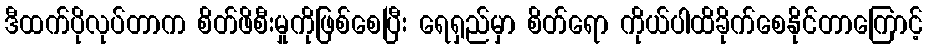
ဒီထက်ပိုလုပ်တာက စိတ်ဖိစီးမှုကိုဖြစ်စေပြီး ရေရှည်မှာ စိတ်ရော ကိုယ်ပါထိခိုက်စေနိုင်တာကြောင့်